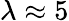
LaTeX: \lambda\approx 5